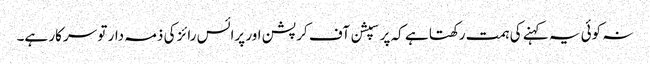
نہ کوئی یہ کہنے کی ہمت رکھتا ہے کہ پرسپشن آف کرپشن اور پرائس رائز کی ذمہ دار تو سرکار ہے۔